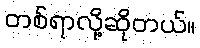
တစ်ရာလို့ဆိုတယ်။